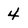
Character: 4